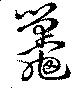
鼉